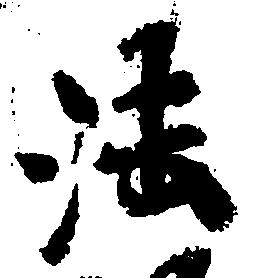
法